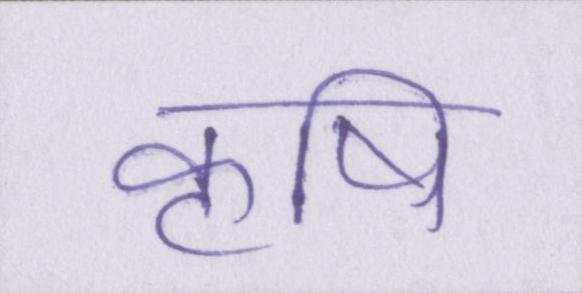
कॄषि